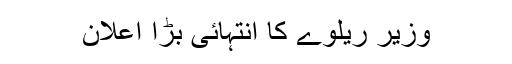
وزیر ریلوے کا انتہائی بڑا اعلان